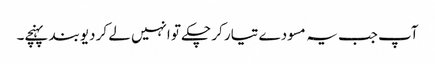
آپ جب یہ مسودے تیار کر چکے تو انہیں لے کر دیوبند پہنچے۔